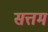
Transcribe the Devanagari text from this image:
सत्तम